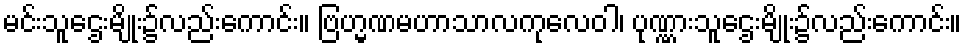
မင်းသူဌေးမျိုး၌လည်းကောင်း။ ဗြဟ္မဏမဟာသာလကုလေဝါ၊ ပုဏ္ဏားသူဌေးမျိုး၌လည်းကောင်း။